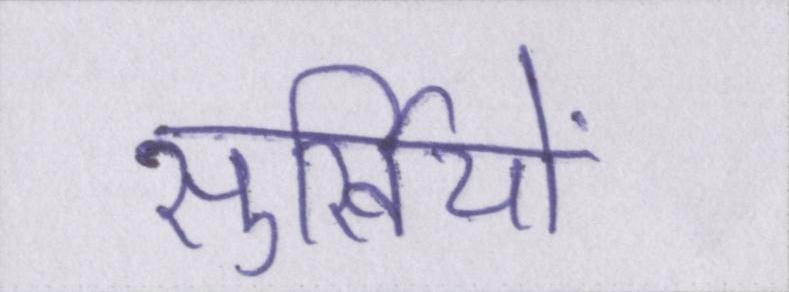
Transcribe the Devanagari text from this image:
सुर्खियों